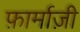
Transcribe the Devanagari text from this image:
फ़ार्माज़ी